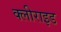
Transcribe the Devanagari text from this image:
क्लीराइड